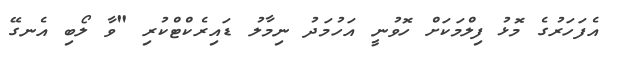
އެފަހަރުގެ މޮޅު ފިލްމަކަށް ހޮވުނީ އަހުމަދު ނިމާލު ޑައިރެކްޓްކުރި "ވާ ލޯބި އެނގޭ